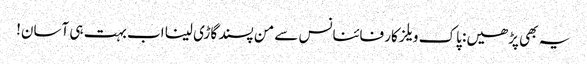
یہ بھی پڑھیں: پاک ویلز کار فائنانس سے من پسند گاڑی لینا اب بہت ہی آسان!